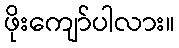
ဖိုးကျော်ပါလား။